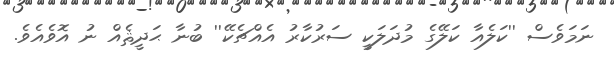
ނަމަވެސް ''ކަލެއާ ކަލޭގެ މުދަލަކީ ސަރުކާރު އެއްޗެކޭ'' ބުނާ ޙަދީޘެއް ނު އޮވެއެވެ.